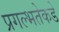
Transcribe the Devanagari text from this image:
प्रगल्‍भतेकडे